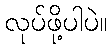
လုပ်ဖို့ပါပဲ။